Vital statistics of India. Vol. IV, Annual returns from 1871 to 1876. British Army of India, Native Army and jails of Bengal
Year: 1871
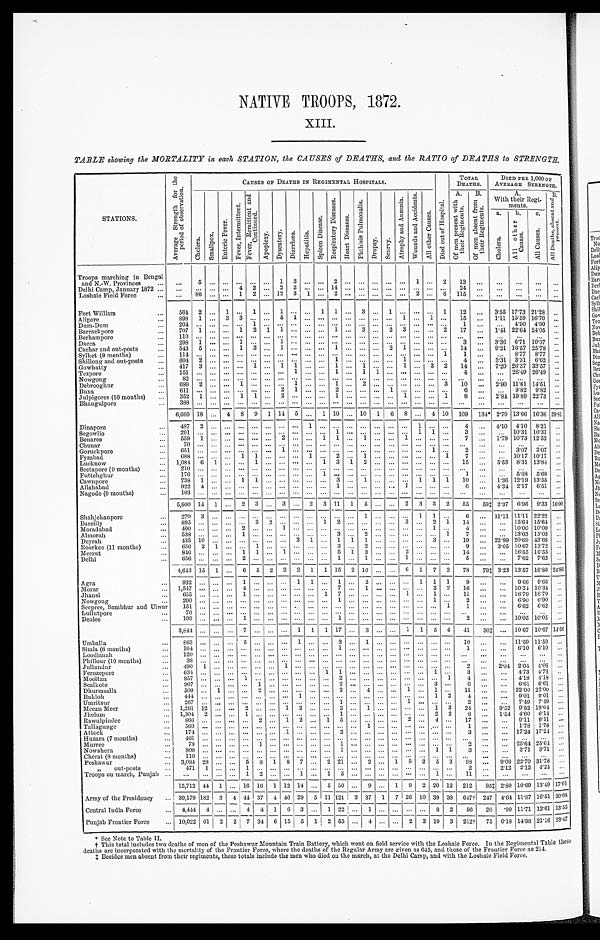
NATIVE TROOPS, 1872.
XIII.
TABLE showing the MORTALITY in each STATION, the CAUSES of DEATHS, and the RATIO of DEATHS to STRENGTH.
STATIONS.
A v e r a g e S t r e n g t h f o r t h e p e r i o d o f o b s e r v a t i o n .
CAUSES OF DEATHS IN REGIMENTAL HOSPITALS.
D i e d o u t o f H o s p i t a l .
TOTAL
DEATHS.
DIED PER 1,000 OF
AVERAGESTRENGTH.
C h o l e r a .
S m a l l p o x .
E n t e r i c F e v e r .
F e v e r , I n t e r m i t t e n t .
F e v e r , R e m i t t e n t a n d C o n t i n u e d .
A p o p l e x y .
D y s e n t e r y .
D i a r r h œ a .
H e p a t i t i s .
S p l e e n D i s e a s e .
R e s p i r a t o r y D i s e a s e s .
H e a r t D i s e a s e s .
P h t h i s i s P u l m o n a l i s .
D r o p s y .
S c u r v y .
A t r o p h y a n d A n æ m i a .
W o u n d s a n d A c c i d e n t s .
A l l o t h e r C a u s e s .
A .
O f m e n p r e s e n t w i t h t h e i r R e g i m e n t s .
B .
O f m e n a b s e n t f r o m t h e i r R e g i m e n t s .
A.
With their Regi-
ments.
B.
A l l D e a t h s , a b s e n t a n d p r e s e n t .
a. C h o l e r a .
b.A l l o t h e r C a u s e s .
c .
A l l C a u s e s .
Troops marching in Bengal
and N.-W. Provinces . . .
. . .
5
. . .
. . .
. . .
. . .
. . .
1
2
. . .
. . .
2
. . .
. . .
. . .
. . .
. . .
1
. . .
2
13
. . .
. . .
. . .
. . .
. . .
Delhi Camp, January 1872 . . .
. . .
. . .
. . .
. . .
4
2
. . .
2
2
. . .
. . . 14
. . .
. . .
. . .
. . .
. . .
. . .
. . .
. . .
24
. . .
. . .
. . .
. . .
. . .
Loshaie Field Force . . .
. . .
86
. . .
. . .
1
2
. . . 12
3
1
. . .
2
. . .
. . .
. . .
. . .
. . .
2
. . .
6
115
. . .
. . .
. . .
. . .
. . .
Fort William . . .
564
2
. . .
1
. . .
1
. . .
1
. . .
. . .
1
1
. . .
3
. . .
1
. . .
. . .
. . .
1
12
. . .
3.55 17.73 21.28
. . .
Alipore . . .
898
1
. . .
3
3
. . .
. . .
5
1
. . .
. . .
. . .
. . .
. . .
. . .
. . .
1
. . .
1
. . .
15
. . .
1.11 15.59 16.70
. . .
Dum-Dum . . .
204
. . .
. . .
. . .
. . .
1
. . .
. . .
. . .
. . .
. . .
. . .
. . .
. . .
. . .
. . .
. . .
. . .
. . .
. . .
1
. . .
. . .
4.90
4.90
. . . .
Barrackpore . . .
707
1
. . .
. . .
1
2
1
1
. . .
. . .
. . .
1
. . .
3
. . .
2
3
. . .
. . . 2
17
. . .
1.41 22.64 24.05
. . .
Berhampore . . .
1 1 0
. . .
. . .
. . .
. . .
. . .
. . .
. . .
. . .
. . .
. . .
. . .
. . .
. . .
. . .
. . .
. . .
. . .
. . .
. . .
. . .
. . . . . .
. . .
. . .
. . .
Dacca . . .
298
1
. . .
. . . 1
. . .
. . .
1
. . .
. . .
. . .
. . .
. . .
. . .
. . .
. . .
. . .
. . .
. . .
. . .
3
. . .
3.36
6.71 10.07
. . .
Cachar and out-posts . . .
543
5
. . .
. . .
1
3
. . .
1
. . .
. . .
. . .
1
. . .
. . .
. . .
2
1
. . .
. . .
. . .
14
. . .
9.21 16.57 25.78
. . .
Sylhet (9 months) . . .
1 1 4
. . .
. . .
. . .
. . .
. . .
. . .
. . .
. . .
. . .
. . .
. . .
. . .
. . .
. . .
. . .
. . .
. . .
. . .
1
1
. . .
. . .
8.77
8.77
. . .
Shillong and out-posts . . .
604
2
. . .
. . .
. . .
. . .
. . .
. . .
. . .
. . .
. . .
1
. . .
. . .
. . .
. . . 1
. . .
. . .
. . .
4
. . .
3.31
3.31
6.62
. . .
Gowhatty . . .
417
3
. . .
. . .
. . .
1
. . .
1
1
. . .
. . .
1
. . .
1
. . .
. . .
1
. . .
3
2
14
. . .
7.20 26.37 33.57
. . .
Tezpore . . .
1 5 1
. . .
. . .
. . .
. . .
. . .
. . .
. . .
1
. . .
. . .
1
. . .
1
1
. . .
. . .
. . .
. . .
. . .
4
. . .
. . .
26.49 26.49
. . .
Nowgong . . .
82
. . .
. . .
. . .
. . .
. . .
. . .
. . .
. . .
. . .
. . .
. . .
. . .
. . .
. . .
. . .
. . .
. . .
. . .
. . .
. . .
. . .
. . .
. . .
. . .
. . .
Debrooghur . . .
689
2
. . .
. . .
1
. . .
. . .
. . .
1
. . .
. . .
1
. . .
2
. . .
. . .
. . .
. . .
. . .
3
10
. . .
2.90 11.61 14.51
. . .
Buxa . . .
6 1 1
. . .
. . .
. . .
. . .
. . .
. . .
2
1
. . .
. . .
2
. . .
. . .
. . .
1
. . .
. . .
. . .
. . .
6
. . .
. . .
9.82
9.82
. . .
Julpigoree (10 months) . . .
3 5 2
1
. . .
. . .
1
1
. . .
2
. . .
. . .
. . .
1
. . .
. . .
. . .
. . .
1
. . .
. . .
1
8
. . .
2.84 19.89 22.73
. . .
Bhaugulpore . . .
3 8 8
. . .
. . .
. . .
. . .
. . . . . .
. . .
. . .
. . .
. . .
. . .
. . . . . .
. . .
. . .
. . .
. . .
. . . . . .
. . .
. . .
. . .
. . .
. . .
. . .
6,660
18
. . .
4
8
9
1
14
5
. . .
1
10
. . . 10
1
6
8
. . .
4
10
109
134* 2.70 13.66 16.36 29.81
Dinapore
4 8 7
2
. . .
. . .
. . .
. . .
. . .
. . .
. . .
1
. . .
. . .
. . .
. . .
. . .
. . .
. . .
1
. . .
. . .
4
. . .
4.10
4.10
8.21
. . .
Segowlie . . .
2 9 1
. . .
. . .
. . .
. . .
. . .
. . .
. . .
. . .
. . .
. . .
1
. . .
. . .
. . .
. . .
. . .
1
1
. . .
3
. . .
. . . 10.31 10.31 . . .
Benares . . .
559
1
. . .
. . .
. . .
. . .
. . . 2
. . .
. . . 1
1
. . . 1
. . .
. . . 1
. . .
. . .
. . .
7
. . .
1.79 10.73 12.52
. . .
Chunar . . .
70
. . .
. . .
. . .
. . .
. . .
. . .
. . .
. . .
. . .
. . .
. . .
. . .
. . .
. . .
. . .
. . .
. . .
. . .
. . .
. . .
. . .
. . .
. . .
. . .
. . .
Goruckpore . . .
6 5 1
. . .
. . .
. . .
. . .
. . .
. . .
1
. . .
. . .
. . .
. . .
. . .
. . .
. . .
. . .
. . .
. . .
1
. . .
2
. . .
. . .
3.07
3.07
. . .
Fyzabad . . .
688
. . .
. . .
. . .
1
1
. . .
. . .
. . .
1
. . .
2
. . .
1
. . .
. . .
. . .
. . .
. . .
1
7
. . .
. . .
10.17 10.17
. . .
Lucknow . . .
1,084
6
1
. . .
. . .
1
. . .
. . .
. . .
. . .
1
3
1
2
. . .
. . .
. . .
. . .
. . .
. . .
15 . . .
5.53
8 . 3 1
1 3 . 8 4. . .
Seetapore (9 months) . . .
2 1 0
. . .
. . .
. . .
. . .
. . .
. . .
. . .
. . .
. . .
. . .
. . .
. . .
. . .
. . .
. . .
. . .
. . .
. . .
. . .
. . .. . .
. . .
. . .
. . .. . .
Futtehghur . . .
176
. . .
. . .
. . .
. . .
. . .
. . .
. . .
. . .
. . .
1
. . .
. . .
. . .
. . .
. . .
. . .
. . .
. . .
. . .
1
. . .
. . .
5.68
5.68
. . .
Cawnpore . . .
738
1
. . .
. . . 1
1
. . .
. . .
. . .
. . .
. . . 3
. . . 1
. . .
. . .
. . .
1
1
1
10
. . .
1.36 12.19 13.55
. . .
Allahabad . . .
9 2 2
4
. . .
. . .
. . .
. . .
. . .
. . .
. . .
. . .
. . .
1
. . .
. . .
. . .
. . .
1
. . .
. . .
. . .
6
. . .
4.34
2.17
6.51
. . .
Nagode (9 months) . . .
103
. . .
. . .
. . .
. . .
. . .
. . .
. . .
. . .
. . .
. . .
. . .
. . .
. . .
. . .
. . . . . .
. . .
. . .
. . .
. . .
. . .
. . .
. . .
. . .
. . .
5,900
14
1
. . .
2
3
. . .
3
. . .
2
3
11
1
5
. . .
. . .
2
3
3
2
55
591 2.37
6.96
9.33 16. 00
Shahjehanpore . . .
2 7 0
3
. . .
. . .
. . .
. . .
. . .
. . .
. . .
. . .
. . .
. . .
. . .
1
. . .
. . .
. . .
1
1
. . .
6
. . . 11.11 11.11 22.22
. . .
Bareilly . . .
895
. . .
. . .
. . .
. . .
3
2
. . .
. . .
. . .
1
2
. . .
. . .
. . .
. . .
3
. . .
2
1
14
. . .
. . . 15.64 15.64
. . .
Moradabad . . .
4 0 0
. . .
. . .
. . .
2
. . .
. . .
1
. . .
. . .
. . .
. . .
. . .
. . .
. . .
. . .
. . .
. . .
1
. . .
4 . . .
. . .
10.00 10.00
. . .
Almorah . . .
538
. . .
. . .
. . .
1
. . .
. . .
. . .
. . .
. . .
3
. . .
2
. . .
. . .
. . .
. . .
. . .
1
7
. . .
. . .
13.03 13.03
. . .
Deyrah . . ..
435
10
. . .
. . .
. . .
. . .
. . .
. . .
2
1
. . .
1
1
1
. . .
. . .
. . .
. . .
3
. . .
19
. . . 22.99 20.69 43.68
. . .
Roorkee (11 months) . . .
656
2
1
. . .
. . .
1
. . .
. . .
. . .
. . .
. . .
3
. . .
2
. . .
. . .
. . .
. . .
. . .
. . .
9
. . .
3.05 10.67 13.72 . . .
Meerut . . .
846
. . .
. . .
. . . 1
1
. . .
1
. . .
. . .
. . .
5
1
3
. . .
. . .
2
. . .
. . .
. . .
14
. . .
. . . 16.55 16.55
. . .
Delhi . . .
6 5 6
. . .
. . .
. . .
2
. . .
. . .
. . .
. . .
. . .
. . .
1
. . .
1
. . .
. . .
1
. . .
. . .
. . .
5
. . .
. . . 7.62
7.62
. . .
4,643
15
1
. . .
6
5
2
2
2
1
1
15
2
10
. . .
. . .
6
1
7
2
78
79‡ 3.23 13.57 16.80 24. 86
Agra . . .
9 3 2
. . .
. . .
. . .
1
. . .
. . .
. . .
1
1
. . .
1
. . .
2
. . .
. . .
. . .
1
1
1
9
. . .
. . .
9.66
9.66
. . .
Morar . . .
1,547
. . .
. . .
. . .
4
. . .
. . .
. . .
. . .
. . .
. . .
7
. . .
1
. . .
. . .
. . .
. . .
2
2
16 . . .
. . .
1 0 . 3 4
1 0 . 3 4. . .
Jhansi . . .
6 5 5
. . .
. . .
. . .
1
. . .
. . .
. . .
. . .
. . .
1
7
. . .
. . .
. . .
. . .
1
. . .
1
. . .
11
. . .
. . . 16.79 16.79
. . .
Nowgong . . .
290
. . .
. . .
. . .
. . .
. . . . . .
. . .
. . .
. . .
. . .
1
. . .
. . .
. . .
. . .
. . .
. . .
1
. . .
2
. . .
. . .
6.90
6.90
. . .
Seepree, Sambhur and Ulwar . . .
151
. . .
. . .
. . .
. . .
. . .
. . .
. . .
. . .
. . .
. . .
. . .
. . .
. . .
. . .
. . .
. . .
. . .
. . .
1
1
. . .
. . .
6.62
6.62 . . .
Lullutpore . . .
70
. . .
. . .
. . .
. . .
. . .
. . .
. . .
. . .
. . .
. . .
. . .
. . .
. . .
. . .
. . .
. . .
. . .
. . .
. . .
. . .
. . .
. . .
. . .
. . .
. . .
Deolee . . .
199
. . .
. . .
. . . 1
. . .
. . .
. . .
. . .
. . .
. . .
1
. . .
. . .
. . .
. . .
. . .
. . .
. . .
. . .
2
. . .
. . .
10.05 10.05
. . .
3,844
. . .
. . .
. . .
7
. . .
. . .
. . .
1
1
1
17
. . .
3
. . .
. . .
1
1
5
4
41
30‡
. . .
10.67 10.67 14. 56
Umballa . . .
863
. . .
. . .
. . .
5
. . .
. . .
. . .
1
. . .
. . .
3
. . .
1
. . .
. . .
. . .
. . .
. . .
. . .
10 . . .
. . .
1 1 . 5 9
1 1 . 5 9
. . .
Simla (6 months) . . .
164
. . .
. . .
. . .
. . .
. . .
. . .
. . .
. . .
. . .
. . . 1
. . .
. . .
. . .
. . .
. . .
. . .
. . .
. . .
1
. . .
. . .
6.10
6.10
. . .
Loodianah . . .
1 2 0
. . .
. . .
. . .
. . .
. . .
. . .
. . .
. . .
. . .
. . .
. . .
. . .
. . .
. . .
. . .
. . .
. . .
. . .
. . .
. . .
. . .
. . .
. . .
. . .
. . .
Phillour (10 months) . . .
38
. . .
. . .
. . .
. . .
. . .
. . .
. . .
. . .
. . .
. . .
. . .
. . .
. . .
. . .
. . .
. . .
. . .
. . .
. . .
. . .
. . .
. . .
. . .
. . .
. . .
Jullundur . . .
490
1
. . .
. . .
. . .
. . .
. . . 1
. . .
. . .
. . .
. . .
. . .
. . .
. . .
. . .
. . .
. . .
. . .
. . .
2
. . .
2.04
2.04
4.08
. . .
Ferozepore . . .
634
. . .
. . .
. . .
. . .
. . .
. . .
. . .
. . .
. . .
1
1
. . .
. . .
. . .
. . .
. . .
. . .
1
. . .
3
. . .
. . .
4.73
4.73
. . .
Mooltan . . .
9 5 7
. . .
. . .
. . .
1
. . .
. . .
. . .
. . .
. . .
. . .
2
. . .
. . .
. . .
. . .
. . .
. . .
. . . 1
4
. . .
. . .
4.18
4.18
. . .
Sealkote . . .
9 0 7
. . .
. . .
. . .
. . .
1
. . .
. . .
. . .
. . .
. . .
2
. . .
. . .
. . .
. . .
. . .
. . .
3
. . .
6
. . .
. . .
6.61
6.61
. . .
Dhurmsalla . . .
5 0 0
. . .
1
. . .
. . .
2
. . .
. . .
. . .
. . .
. . .
2
. . .
4
. . .
. . .
1
. . .
1
. . .
11
. . .
. . . 22.00 22.00
. . .
Bukloh . . .
4 4 4
. . .
. . .
. . .
. . .
. . .
. . .
. . .
1
. . .
. . .
. . .
. . .
. . .
. . .
. . .
. . .
. . .
1
2
4
. . .
. . .
9.01
9.01
. . .
Umritsur . . .
2 6 7
. . .
. . .
. . .
. . .
. . .
. . .
. . .
. . .
. . .
. . .
1
. . .
. . .
. . .
. . .
1
. . .
. . .
. . .
2
. . .
. . .
7.49
7.49
. . .
Meean Meer . . .
1,261
12
. . .
. . .
2
. . .
. . .
1
2
. . .
. . .
2
. . .
1
. . .
. . .
. . .
. . .
1
3
24
. . .
9.52
9.52 19.04
. . .
Jhelum . . .
1,304
2
. . .
. . . 1
. . .
. . .
. . .
. . .
. . .
. . .
1
. . .
. . .
. . .
. . .
. . .
. . .
2
2
8
. . .
1.54
4.60
6.14
. . .
Rawulpindee . . .
8 6 6
. . .
. . .
. . .
. . .
2
. . .
1
2
. . .
1
5
. . .
. . .
. . .
. . .
2
. . .
4
. . .
17 . . .
. . .
9 . 1 1
9 . 1 1
. . .
Tallagunge . . .
560
. . .
. . .
. . .
. . .
. . .
. . .
. . .
. . .
. . .
. . .
. . .
. . .
1
. . .
. . .
. . .
. . .
. . .
. . .
1
. . .
. . .
1.78
1.78
. . .
Attock . . .
1 7 4
. . .
. . .
. . .
. . .
. . .
. . .
1
. . .
. . .
. . .
2
. . .
. . .
. . .
. . .
. . .
. . .
. . .
. . .
3
. . .
. . .
17.24 17.24
. . .
Huzara (7 months) . . .
461
. . .
. . .
. . .
. . .
. . .
. . .
. . .
. . .
. . .
. . .
. . .
. . .
. . .
. . .
. . .
. . .
. . .
. . .
. . .
. . .. . .
. . .
. . .
. . .
. . .
Murree . . .
78
. . .
. . .
. . .
. . .
1
. . .
. . .
. . .
. . .
. . .
1
. . .
. . .
. . .
. . .
. . .
. . .
. . .
. . .
2
. . .
. . .
25.64 25.64
. . .
Nowshera . . .
809
. . .
. . .
. . .
. . .
. . .
. . .
. . .
. . .
. . .
. . .
1
. . .
. . .
. . .
. . .
. . .
. . .
1
1
3
. . .
. . .
3.71
3.71
. . .
Cherat (8 months) . . .
110
. . .
. . .
. . .
. . .
. . .
. . .
. . .
. . .
. . .
. . .
. . .
. . .
. . .
. . .
. . .
. . .
. . .
. . .
. . .
. . .
. . .
. . .
. . .
. . .
. . .
Peshawur . . .
3,084
28
. . .
. . .
5
8
1
8
7
. . .
2
21
. . .
2
. . .
1
5
2
5
3
98
. . .
9.08 22.70 31.78
. . .
" out-posts . . .
471
1
. . .
. . .
1
. . .
. . .
. . .
. . .
. . .
. . .
. . .
. . .
. . .
. . .
. . .
. . .
. . .
. . .
. . .
2
. . .
2.12
2.12
4.24
. . .
Troops on march, Punjab . . .
. . .
. . .
. . .
. . .
1
2
. . .
. . .
1
. . .
1
5
. . .
. . .
. . .
. . .
. . .
. . .
1
. . .
11
. . .
. . .
. . .
. . .
. . .
15,712 44
1
. . . 16 16
1 12 14
. . . 5 50
. . . 9
. . . 1 9 2 20 12 212 95‡ 2.80 10.69 13.49 17.01
Army of the Presidency . . .
39,179 182 3 4 44 37 4 46 29 5 11 121 3 37 1 7 26
1 0
3 9 38 647† 247 4.64 11.87 16.51 20.08
Central India Force . . .
4,444 4
. . .
. . .
4 4 1 6 3
. . . 1 22
. . . 1
. . .
. . . . . .
. . . 8 2
56
20
90 11.71 12.61 13.55
Punjab Frontier Force . . .
10,022 61 2 2 7 34 6 15 5 1 2 55
. . . 4
. . .
. . . 2 3 10 3 212† 75 6.18 14.98 21.16 23.47
See Note to Table II.
† This total includes two deaths of men of the Peshawur Mountain Train Battery, which went on field service with the Loshaie Force. In the Regimental Table these
deaths are incorporated with the mortality of the Frontier Force, where the deaths of the Regular Army are given as 645, and those of the Frontier Force as 214.
‡ Besides men absent front their regiments, these totals include the men who died on the march, at the Delhi Camp, and with the Loshaie Field Force.